Report on vaccination North-West Frontier Province 1904-1922 - 1904-1922
Year: 1904
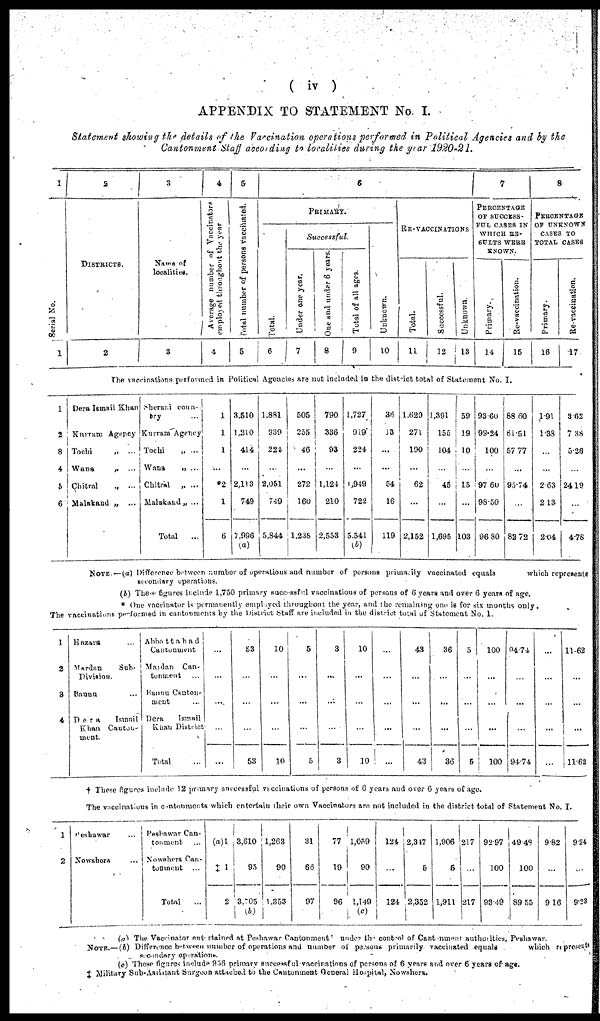
( iv )
APPENDIX TO STATEMENT No. I.
Statement showing the details of the Vaccination operations performed in Political Agencies and by the
Cantonment Staff according to localities during the year 1920-21.
1
Serial No.
1
2
DISTRICTS.
2
3
Name of
localities.
3
4
Average number of Vaccinators
employed throughout the year
4
5
Total number of persons vaccinated.
5
6
PRIMARY.
Total.
6
Successful.
Under one year.
7
One and under 6 years.
8
Total of all ages.
9
Unknown.
10
RE-VACCINATIONS
Total.
11
Successful.
12
Unknown.
13
7
PERCENTAGE
OF SUCCESS-
FUL CASES IN
WHICH RE-
SULTS WERE
KNOWN.
Primary.
14
Re-vaccination.
15
8
PERCENTAGE
OF UNKNOWN
CASES TO
TOTAL CASES
Primary.
16
Re-vaccination.
17
The vaccinations performed in Political Agencies are not included in the district total of Statement No. I.
1
2
3
4
5
6
Dera Ismail Khan
Kurram Agency
Tochi
„
...
Wana „ ...
Chitral
„
...
Malakand „ ...
Sherani coun-
try ...
Kurram Agency
Tochi
„ ...
Wana „ ...
Chitral „ ...
Malakand ,, ...
Total
...
1
1
1
...
*2
1
6
3,510
1,210
414
...
2,113
749
7,996
(a)
1,881
939
224
...
2,051
749
5,844
505
255
46
...
272
160
1,238
790
336
93
...
1,124
210
2,553
1,727
919
224
...
1,949
722
5,541
(b)
36
13
...
...
54
16
119
1,629
271
190
...
62
...
2,152
1,391
155
104
...
45
...
1,695
59
19
10
...
15
...
103
93.60
99.24
100
...
97.60
98.50
96.80
88.60
61.51
57.77
...
95.74
...
82.72
1.91
1.38
...
...
2.63
2.13
2.04
3.62
7.38
5.26
...
24.19
...
4.78
NOTE. —(a) Difference between number of operations and number of persons primarily vaccinated equals
which represents
secondary operations.
(b) These figures include 1,750 primary successful vaccinations of persons of 6 years and over 6 years of age.
* One vaccinator is permanently employed throughout the year, and the remaining one is for six months only.
The vaccinations performed in cantonments by the District Staff are included in the district total of Statement No. 1.
1
2
3
4
Hazara ...
Mardan
Sub-
Division.
Bannu ...
Dera
Ismail
Khan
Canton-
ment.
Abbottabad
Cantonment
Mardan
Can-
tonment ...
Bannu Canton-
ment ...
Dera
Ismail
Khan District
Total ...
...
...
...
...
...
53
...
...
...
53
10
...
...
...
10
5
...
...
...
5
3
...
...
...
3
10
...
...
...
10
...
...
...
...
...
43
...
...
...
43
36
...
...
...
36
5
...
...
...
5
100
...
...
...
100
94.74
...
...
...
94.74
. . .
...
...
...
...
11.62
...
...
...
11.62
† These figures include 12 primary successful vaccinations of persons of 6 years and over 6 years of age.
The vaccinations in catonments which entertain their own Vaccinators are not included in the district total of Statement No. I.
1
2
Peshawar ...
Nowshera ...
Peshawar Can-
tonment ...
Nowshera Can-
tonment ...
Total
...
(a) 1
‡ 1
2
3,610
95
3,705
(b)
1,263
90
1,353
31
66
97
77
19
96
1,059
90
1,149
(c)
124
...
124
2,347
5
2,352
1,906
5
1,911
217
...
217
92.97
100
93.49
49.48
100
89.55
9.82
...
9.16
9.24
...
9.23
(a) The Vaccinator entertained at Peshawar Cantonment under the control of Cantonment authorities, Peshawar.
NOTE.— (b) Difference between number of operations and number of persons primarily vaccinated equals
which represents
secondary operations.
(c) These figures include 956 primary successful vaccinations of persons of 6 years and over 6 years of age.
‡ Military Sub-Assistant Surgeon attacked to the Cantonment General Hospital, Nowshera.